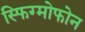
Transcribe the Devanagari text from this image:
स्फिग्मोफोन